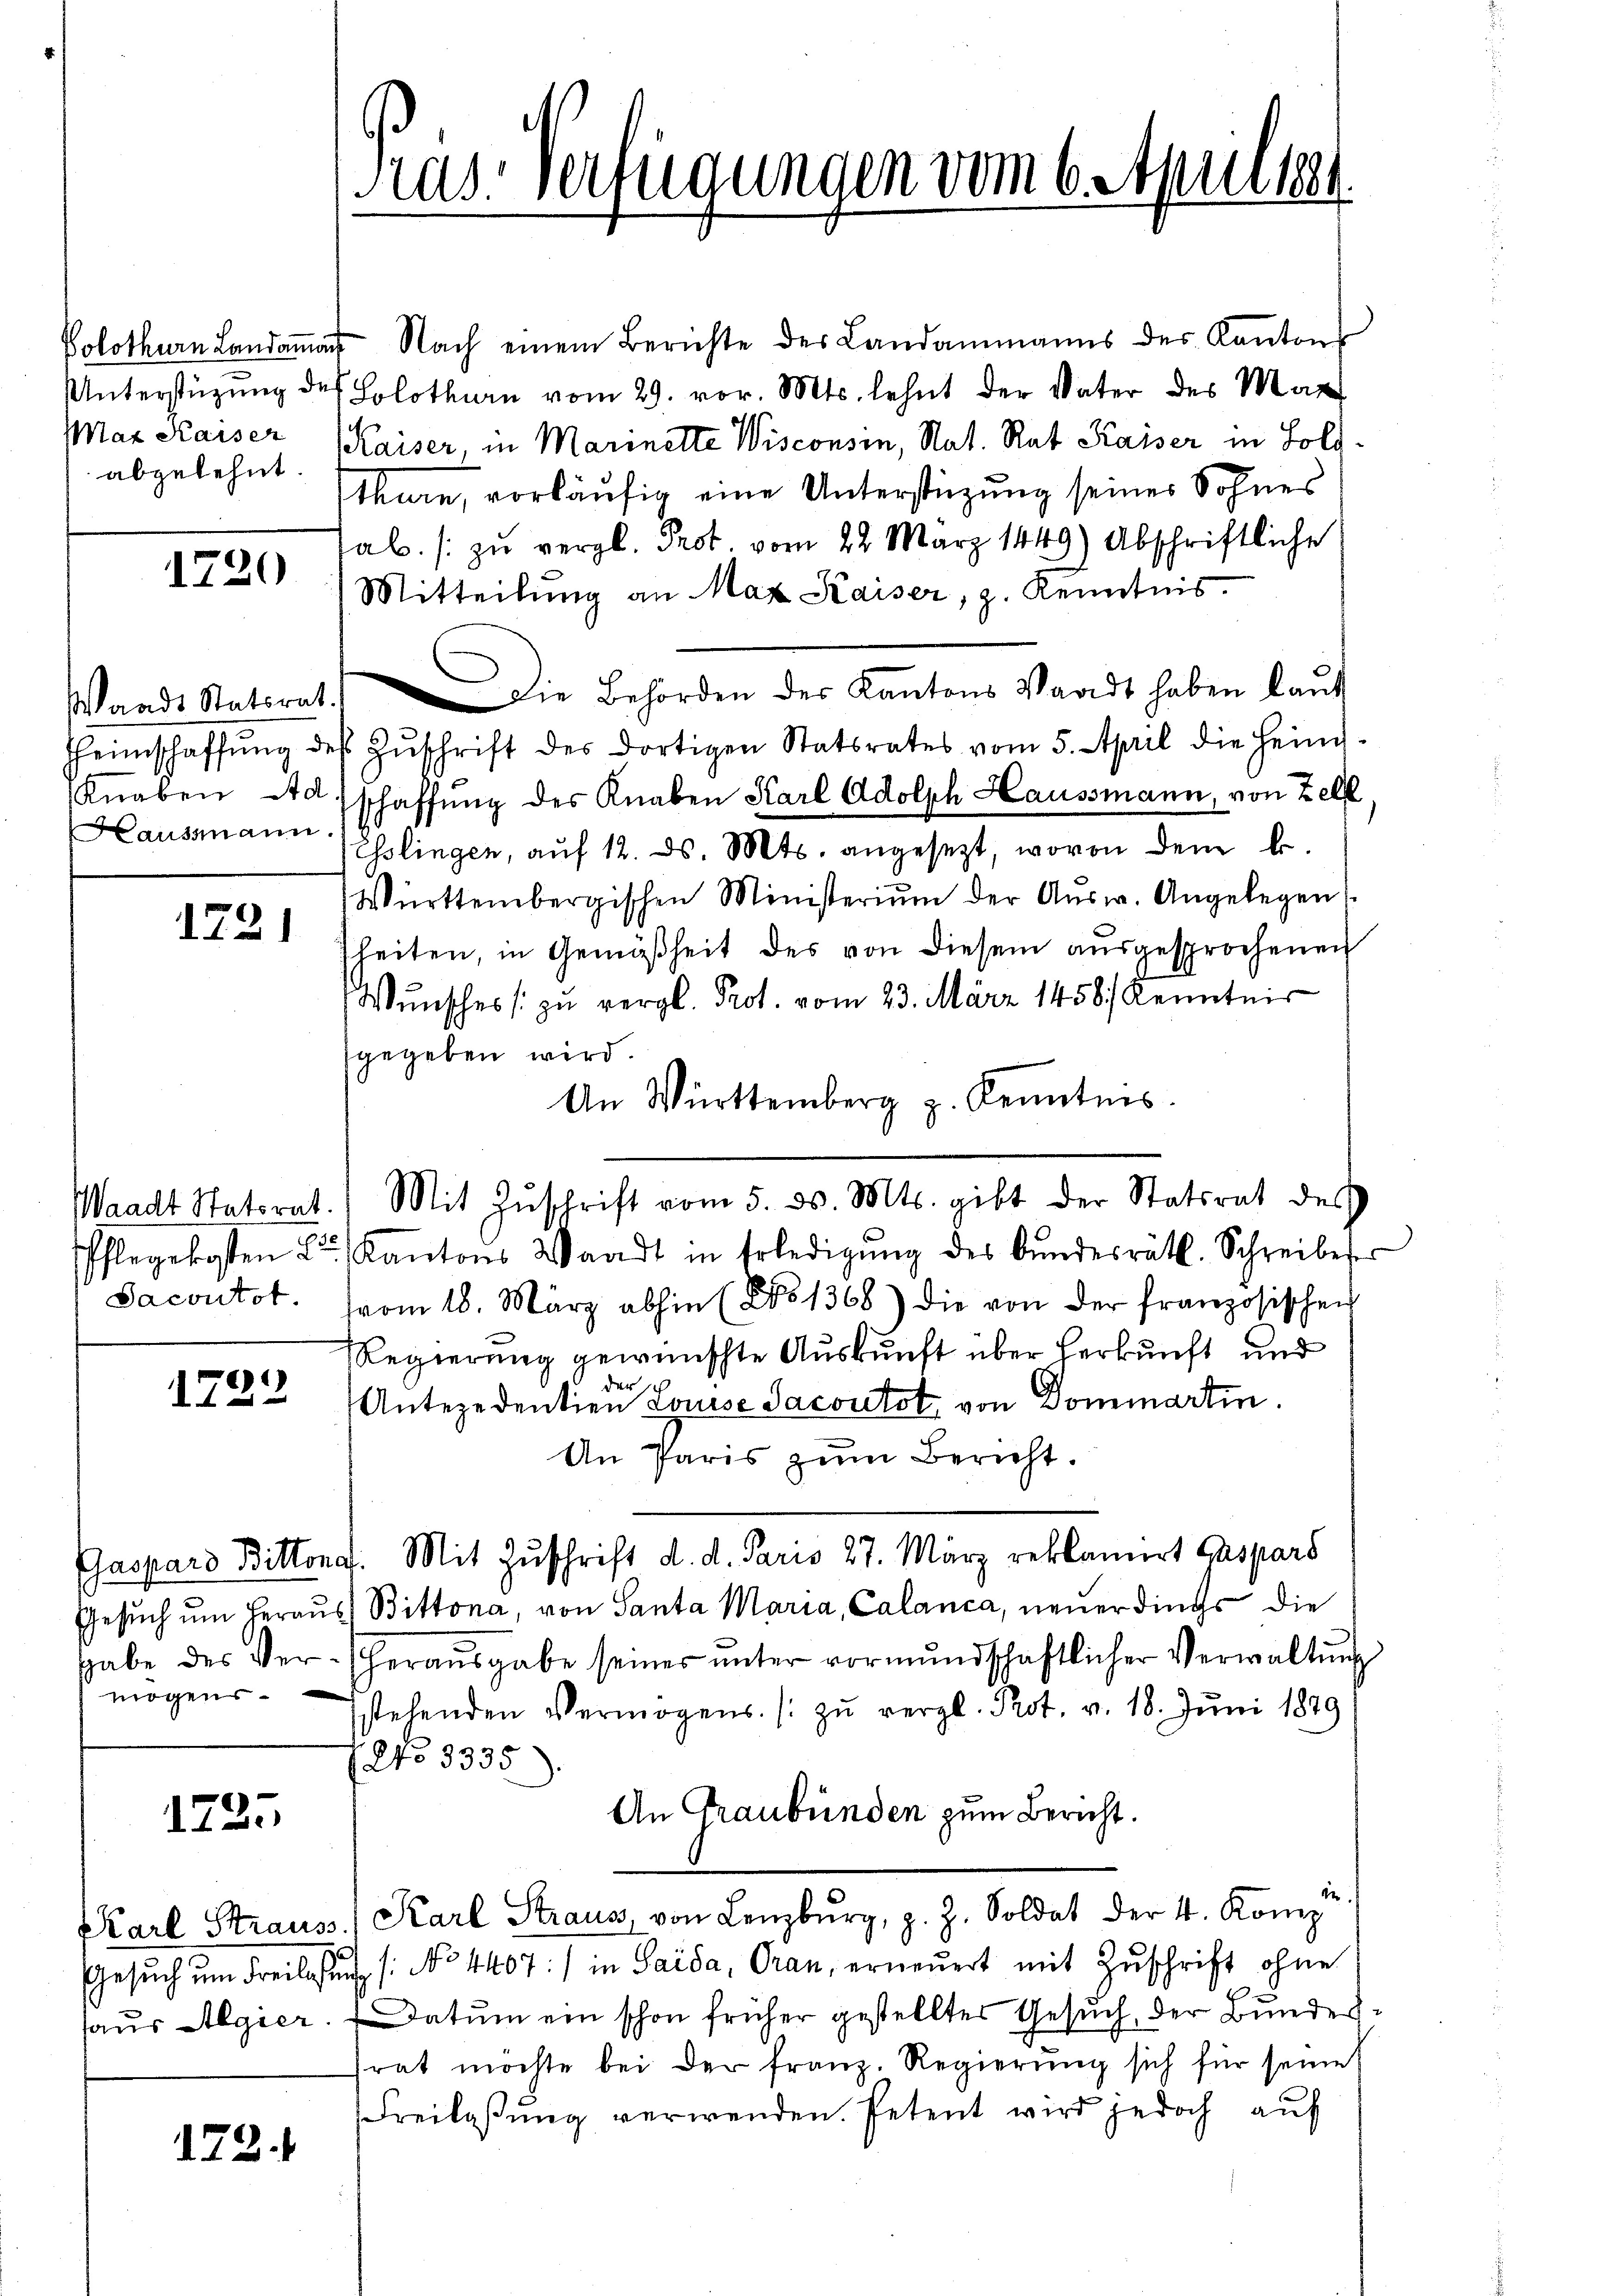
Mat Kaiser
abgelehnt.

1720

Waadt Statsrat.
Hausmann

1721

Sacontot.

1722

mögens.

1725

172.

Volothurn Landaṁat Nach einem Berichte des Landammanns des Kantons
Unterstützung des Solothurn vom 29. vor. Mts. lehnt der Vater des Mar
Kaiser, in Marinette Wisconsin, Nat. Rat Kaiser in Soldthurn, vorläufig eine Unterstüzung seines Sohnes
sab. / zŭ vergl. Prot. vom 22. März 1449) Abschriftliche
Mitteilung an Max Kaiser, z. Kenntnis.
Die Behörden der Kantons Staadt haben laŭt
Heimschaffŭng des Zŭschrift des dortigen Statsrates vom 5. April die Heim-
Knaben Ausschaffung der Knaben Karl Adolph Haussmann, von Zell
Esslingen, auf 12. ds. Mts. angesezt, wovon dem k.
Württembergischen Ministeriŭm der Aŭsw. Angelegen
sheiten, in Gemäßheit des von diesem aŭsgesprochenen
Wunsches zu vergl. Prot. vom 23. März 1458/ Kenntnis
gegeben wird.
An Württemberg z. Kenntnis.
Waadt Statorat. Mit Zŭschrift vom 5. d. Mts. gibt der Statsrat des
Pflegekosten L. Kantons Waadt in Erledigŭng des Bŭndesräth. Schreibeser
vom 18. März abhin (No 1368) die von der französischen
Regierung gewünschte Auskunft über Herkunft und
der
Antezedentien Louise Jacoutot, von Dommartin.
An Paris zum Bericht.
Gaspard Bittend. Mit Zuschrift d. d. Paris 27. März reklamirt Caspars
Gesŭch ŭm Heraus Bittona, von Santa Maria, Calanca, neuerdings die
habe des Ver- heraŭsgabe seines ŭnter vormŭndschaftlicher Verwaltŭng
stehenden Vermögens- / zŭ vergl. Prot. v. 18. Juni 1889
No 3335).
An Graubünden zum Bericht.
Karl Strauss. Karl Straus, von Lenzburg, z. Z. Soldat der 4. Komiz
Gesŭch ŭm Freibesŭch /: No 4407:/ in Saida, Oran, erneŭert mit Zŭschrift ohne
taus Algier. (Datum ein schon früher gestellter Gesuch, der Bundestrat möchte bei der franz. Regierung sich für seine
Freilassung verwenden. Petent wird jedoch auf

Pras. Verfügungen vom 6. Apriser